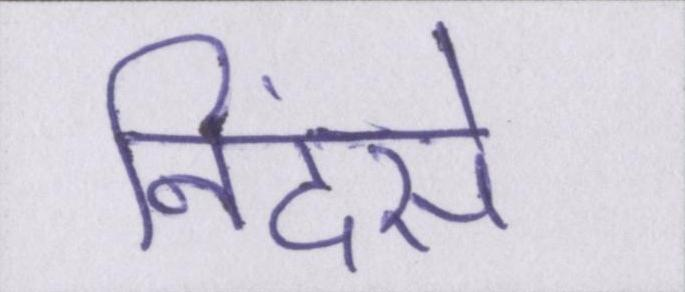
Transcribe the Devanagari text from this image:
निंदसे